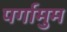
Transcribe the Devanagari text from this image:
पर्गामुम